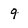
Character: 9